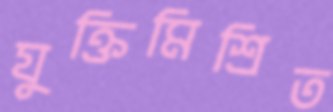
যুক্তিমিশ্রিত